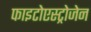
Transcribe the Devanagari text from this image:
फाइटोएस्ट्रोजेन